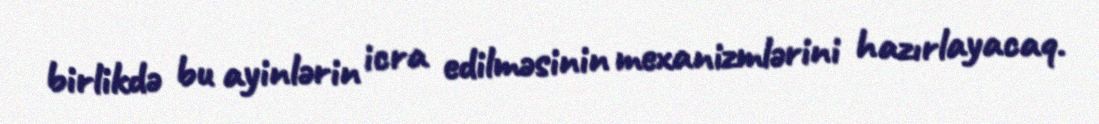
birlikdə bu ayinlərin icra edilməsinin mexanizmlərini hazırlayacaq.